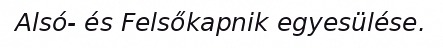
Alsó- és Felsőkapnik egyesülése.